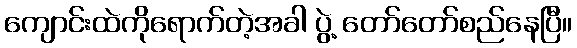
ကျောင်းထဲကိုရောက်တဲ့အခါ ပွဲ့ တော်တော်စည်နေပြီ။